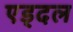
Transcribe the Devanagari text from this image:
एड्दल